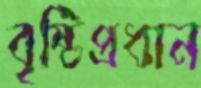
বৃষ্টিপ্রধান